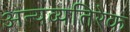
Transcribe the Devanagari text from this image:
अन्यव्यतिरेक